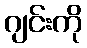
ဂျင်းကို